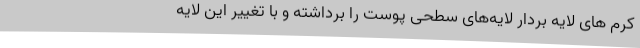
کرم های لایه بردار لایه‌های سطحی پوست را برداشته و با تغییر این لایه